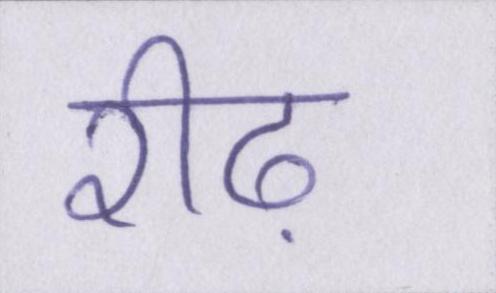
रीढ़